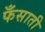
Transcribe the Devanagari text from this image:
फँसाती